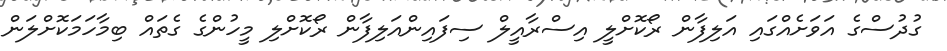
ގުދުސްގެ އަވަށެއްގައި އަލިފާން ރޯކޮށްލީ އިސްރާއީލް ސިފައިންއަލިފާން ރޯކޮށްލި މީހުންގެ ގެތައް ބިމާހަމަކޮށްލަން